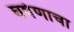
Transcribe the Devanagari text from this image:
घर्षणाचा